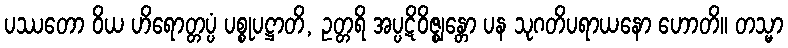
ပဿတော ဝိယ ဟိရောတ္တပ္ပံ ပစ္စုပဋ္ဌာတိ, ဥတ္တရိ အပ္ပဋိဝိဇ္ဈန္တော ပန သုဂတိပရာယနော ဟောတိ။ တသ္မာ